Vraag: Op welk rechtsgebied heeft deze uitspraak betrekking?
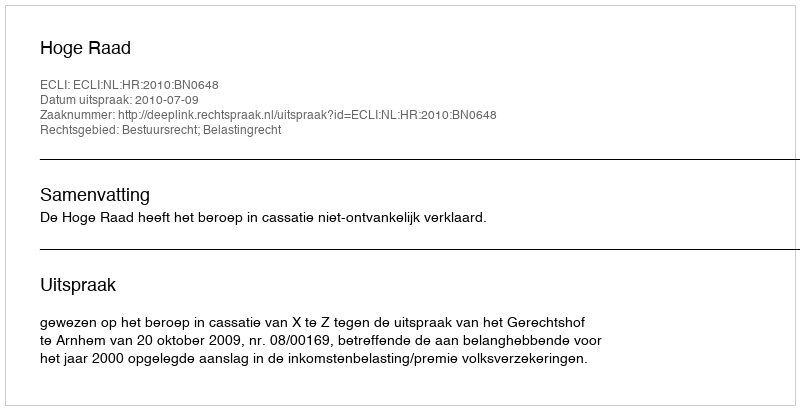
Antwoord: Bestuursrecht; Belastingrecht